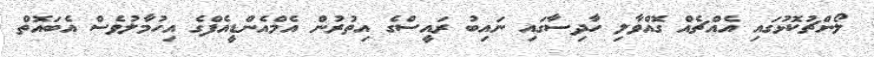
ލޯންޗުކޮޅުގައި އެއްޗެއް ގޮއްވާލި ހާދިސާގައި ނައިބު ރައީސްގެ އިތުރުން އެމްއެންޑީއެފްގެ އިހުމާލުވެސް އެބައޮތް